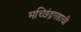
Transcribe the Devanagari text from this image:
मच्छिंद्रगडाची